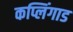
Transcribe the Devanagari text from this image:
कप्लिंगाड